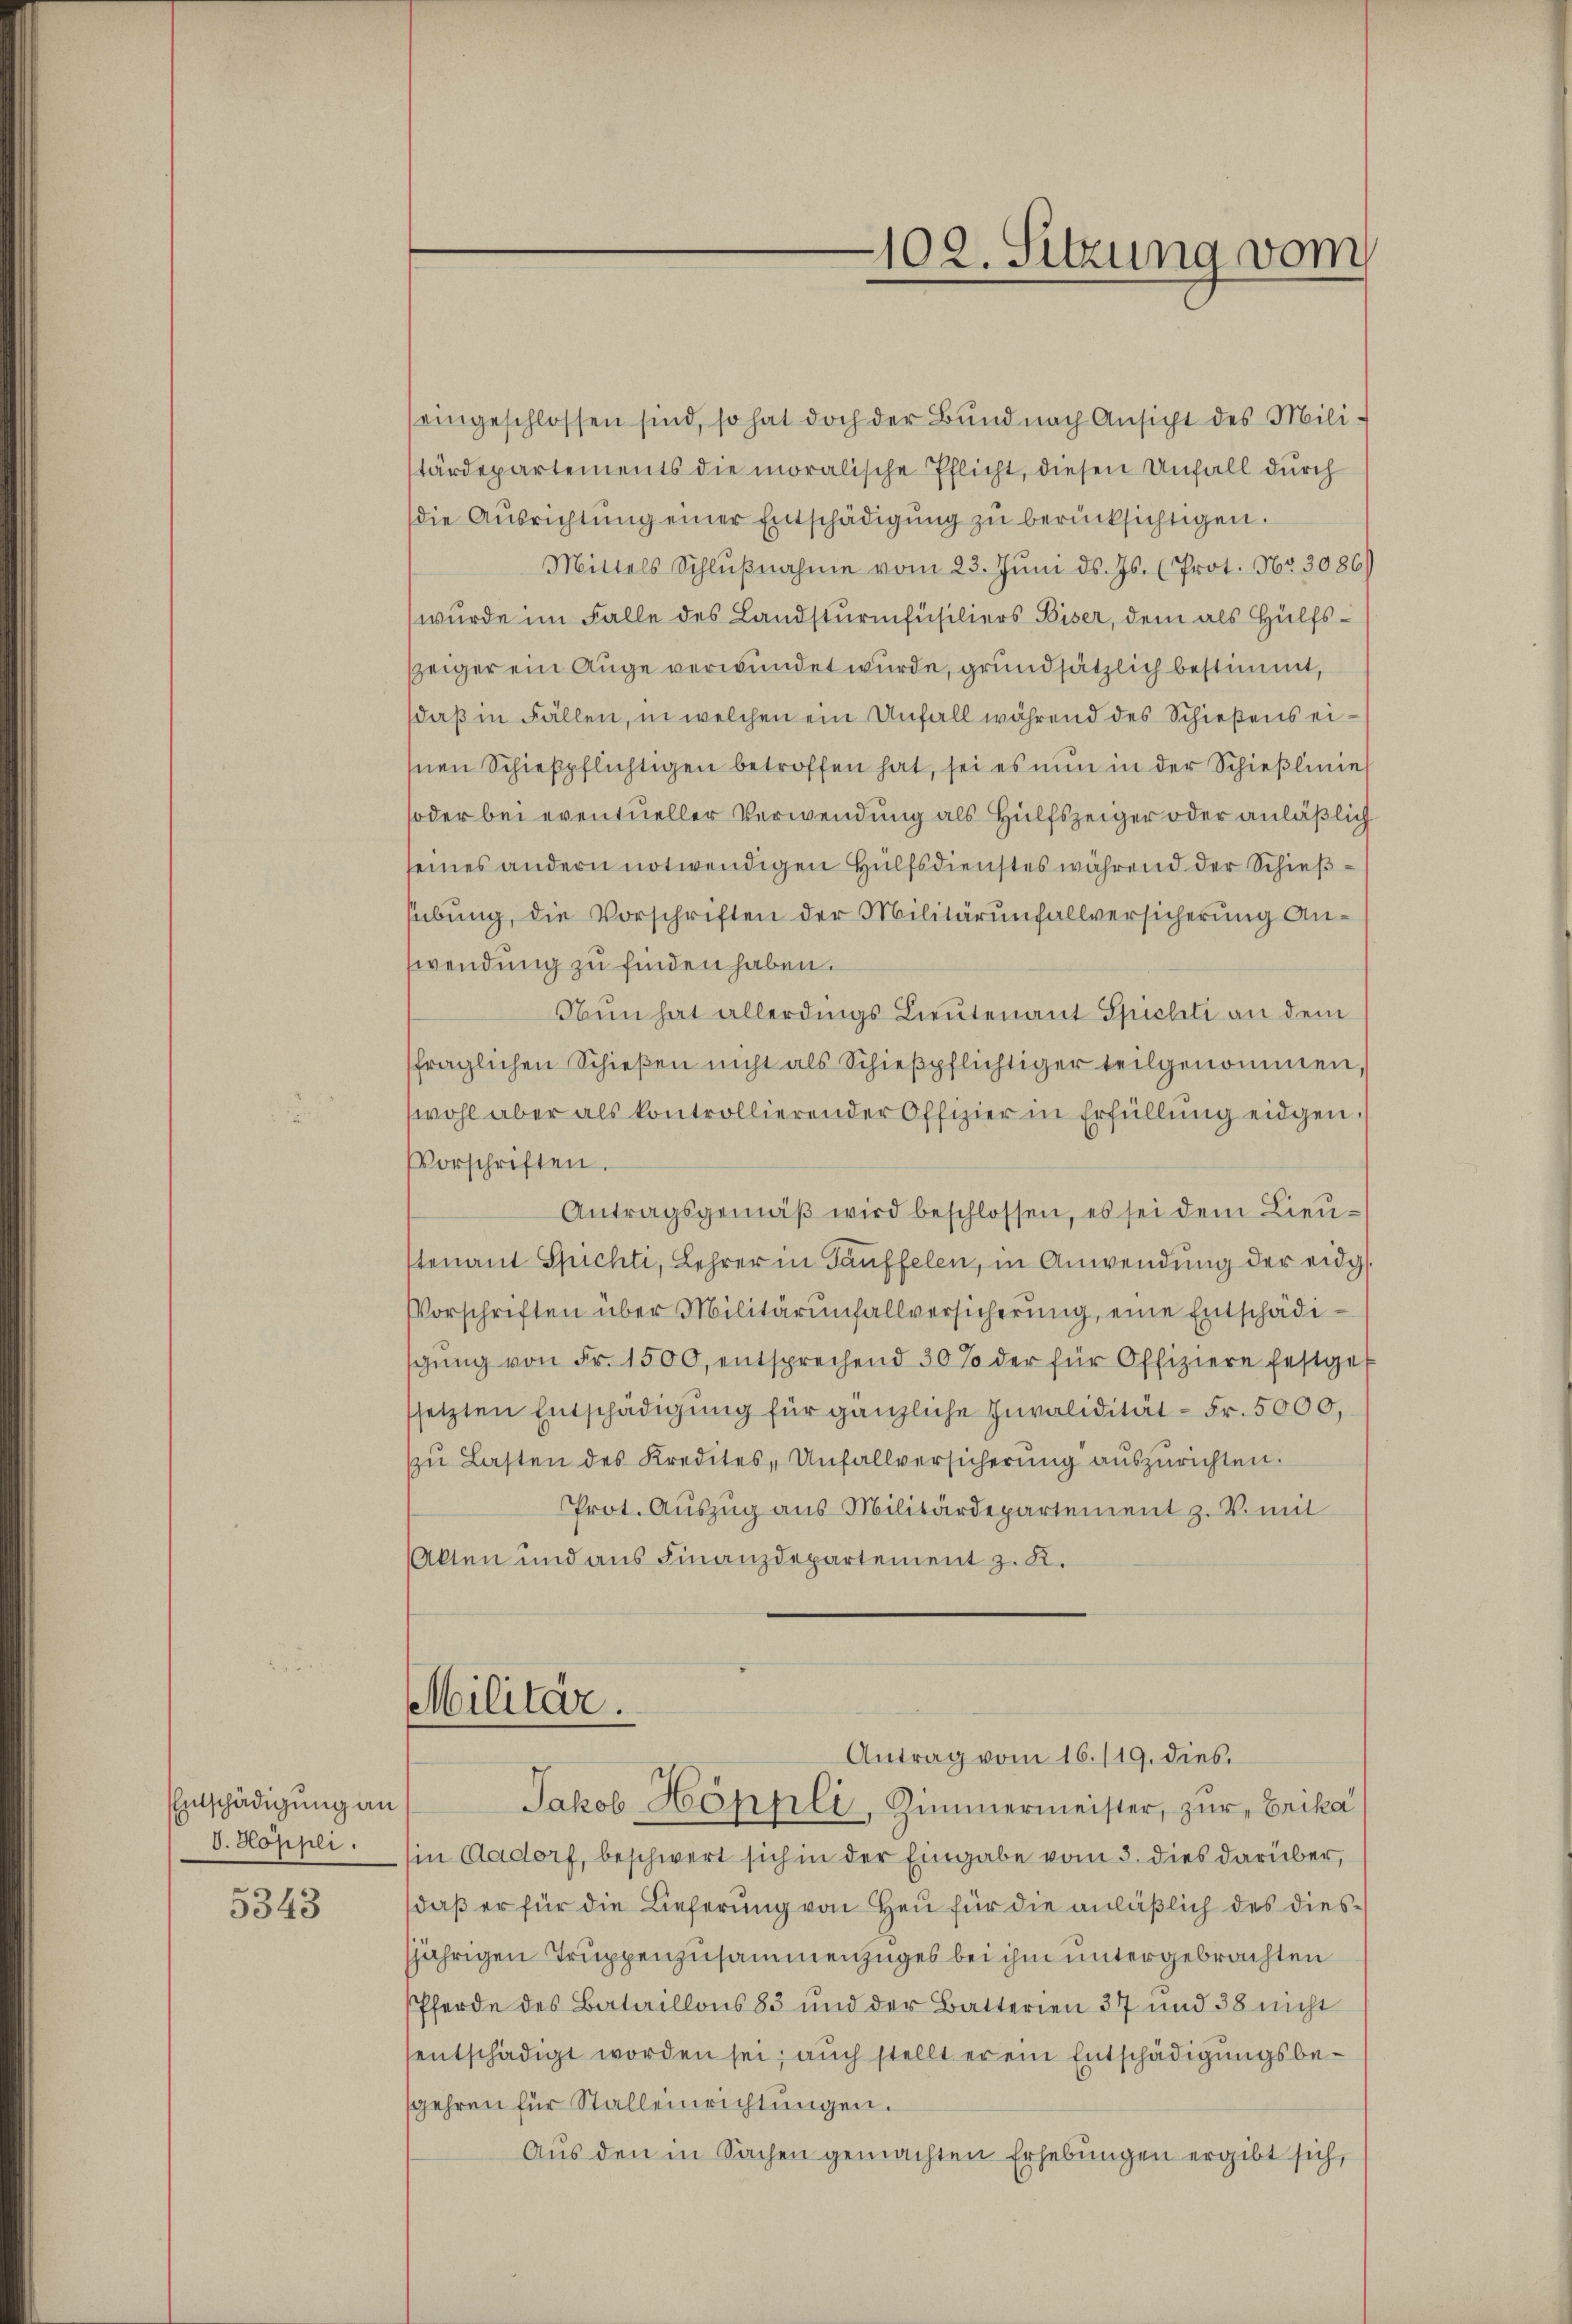
Entschädigung an
V. Hoppli
5343

eingeschlossen sind, so hat doch der Bund nach Ansicht des Militärdepartements die moralische Pflicht, diesen Unfall durch
die Ausrichtung einer Entschädigung zu berücksichtigen.
Mittels Schlŭβnahme vom 23. Jŭni d. Js. (Prot. Nr. 3086
wurde im Falle des Landsturmfüsiliers Biser, dem als Hülfszzeiger ein Auge verwundet wurde, grundsätzlich bestimmt,
daß in Fällen, in welchen ein Unfall während des Schießens eisnen Schießpflichtigen betroffen hat, sei es nun in der Schießlinie
oder bei eventueller Verwendung als Hülfszeiger oder anläßlich
seines andern notwendigen Hülfsdienstes während der Schießsübŭng, die Vorschriften der Militärŭnfallversicherung Anwendung zu finden haben.
Nun hat allerdings Lieŭtenant Spielti an dem
fraglichen Schießen nicht als Schieβpflichtiger teilgenommen,
wohl aber als kontrollierender Offizier in Erfüllung eidgen.
Vorschriften.
Antragsgemäβ wird beschlossen, es sei dem Lieŭ-
tenant Spichti, Lehrer in Tauffelen, in Anwendung der eidg
Vorschriften über Militärŭnfallversicherung, eine Entschädigŭng von Fr. 1500, entsprechend 30% der für Offiziere festges
setzten Entschädigŭng für gänzliche Invalidität - Fr. 5000,
zŭ Lasten des Kredites, Unfallversicherung auszurichten.
Prot. Aŭszŭg aŭs Militärdepartement z. V. mit
Akten und aus Finanzdepartement z. K.
Militär.
Antrag vom 16./19. dies
Jakob Höppli, Zimmermeister, zur Erika
sin Aadorf, beschwert sich in der Eingabe vom 3. dies darüber,
daß er für die Lieferung von Heu für die anläßlich des diessjährigen Truppenzusammenzuges bei ihm untergebrachten
Pferde des Bataillons 83 und der Batterien 37 und 38 nicht
sentschädigt worden sei; auch stellt er ein Entschädigungsbegehren für Stalleinrichtungen.
Aŭs den in Sachen gemachten Erhebungen ergibt sich,

102. Sitzung vom